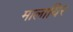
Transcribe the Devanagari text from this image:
मालायिर